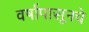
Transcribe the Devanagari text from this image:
वर्षापासूनचे